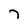
Character: 7